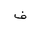
Letter: _fa